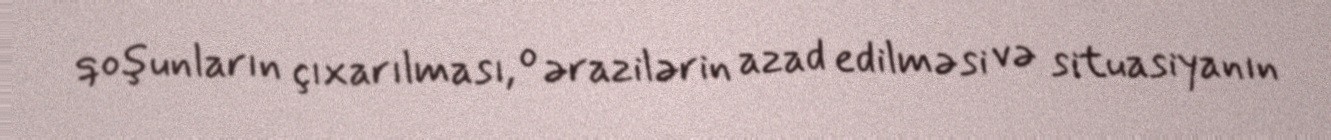
qoşunların çıxarılması, o ərazilərin azad edilməsi və situasiyanın